Lunatic asylums Central Provinces reports 1895-1909 - 1895-1909
Year: 1895
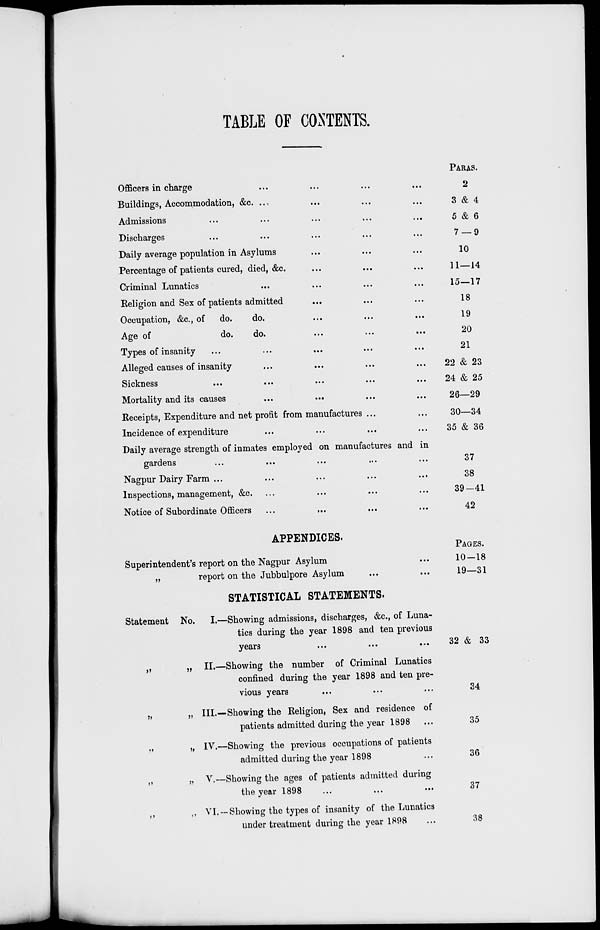
TABLE OF CONTENTS.
Officers in charge ... ... ... ...
Buildings, Accommodation, &c. ... ... ... ...
Admissions ... ... ... ... ...
Discharges ... ... ... ... ...
Daily average population in Asylums ... ... ...
Percentage of patients cured, died, &c. ... ... ...
Criminal Lunatics ... ... ... ...
Religion and Sex of patients admitted ... ... ...
Occupation, &c, of
do.
do. ... ... ...
Age of
do.
do. ... ... ...
Types of insanity ... ... ... ... ...
Alleged causes of insanity ... ... ... ...
Sickness
...
...
...
...
...
Mortality and its causes
...
...
...
...
Receipts, Expenditure and net profit from manufactures ... ...
Incidence of expenditure ... ... ... ...
Daily average strensength of inmates employed on manufactures and in
garden ... ... ... ... ...
Nagpur Dairy Farm ... ... ... ... ...
Inspections, management, &c. ... ... ... ...
Notice of Subordinate Officers ... ... ... ...
PARAS.
2
3 & 4
5 & 6
7 — 9
10
11—14
15—17
18
19
20
21
22 & 23
24 & 25
26—29
30—34
35 & 36
37
38
39—41
42
APPENDICES.
Superintendent's report on the Nagpur Asylum ... ...
„
report on the Jubbulpore Asylum ... ...
PAGES.
10—18
19—31
STATISTICAL STATEMENTS.
Statement No.
„
„
„
„
„
„
„
„
„
„
I.—Showing admissions, discharges, &c., of Luna-
tics during the year 1898 and ten previous
years
...
...
...
II.—Showing the number of Criminal Lunatics
confined during the year 1898 and ten pre-
vious years ... ... ...
III.—Showing the Religion, Sex and residence of
patients admitted during the year 1898 ...
IV.—Showing the previous occupations of patients
admitted during the year 1898 ...
V.—Showing the ages of patients admitted during
the year 1898 ... ... ...
VI. — Showing the types of insanity of the Lunatics
under treatment during the year 1898 ...
32 & 33
34
35
36
37
38